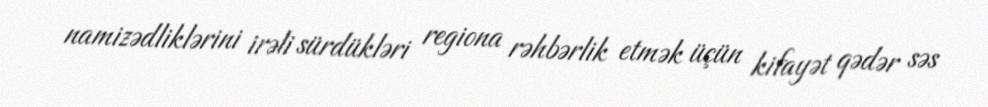
namizədliklərini irəli sürdükləri regiona rəhbərlik etmək üçün kifayət qədər səs